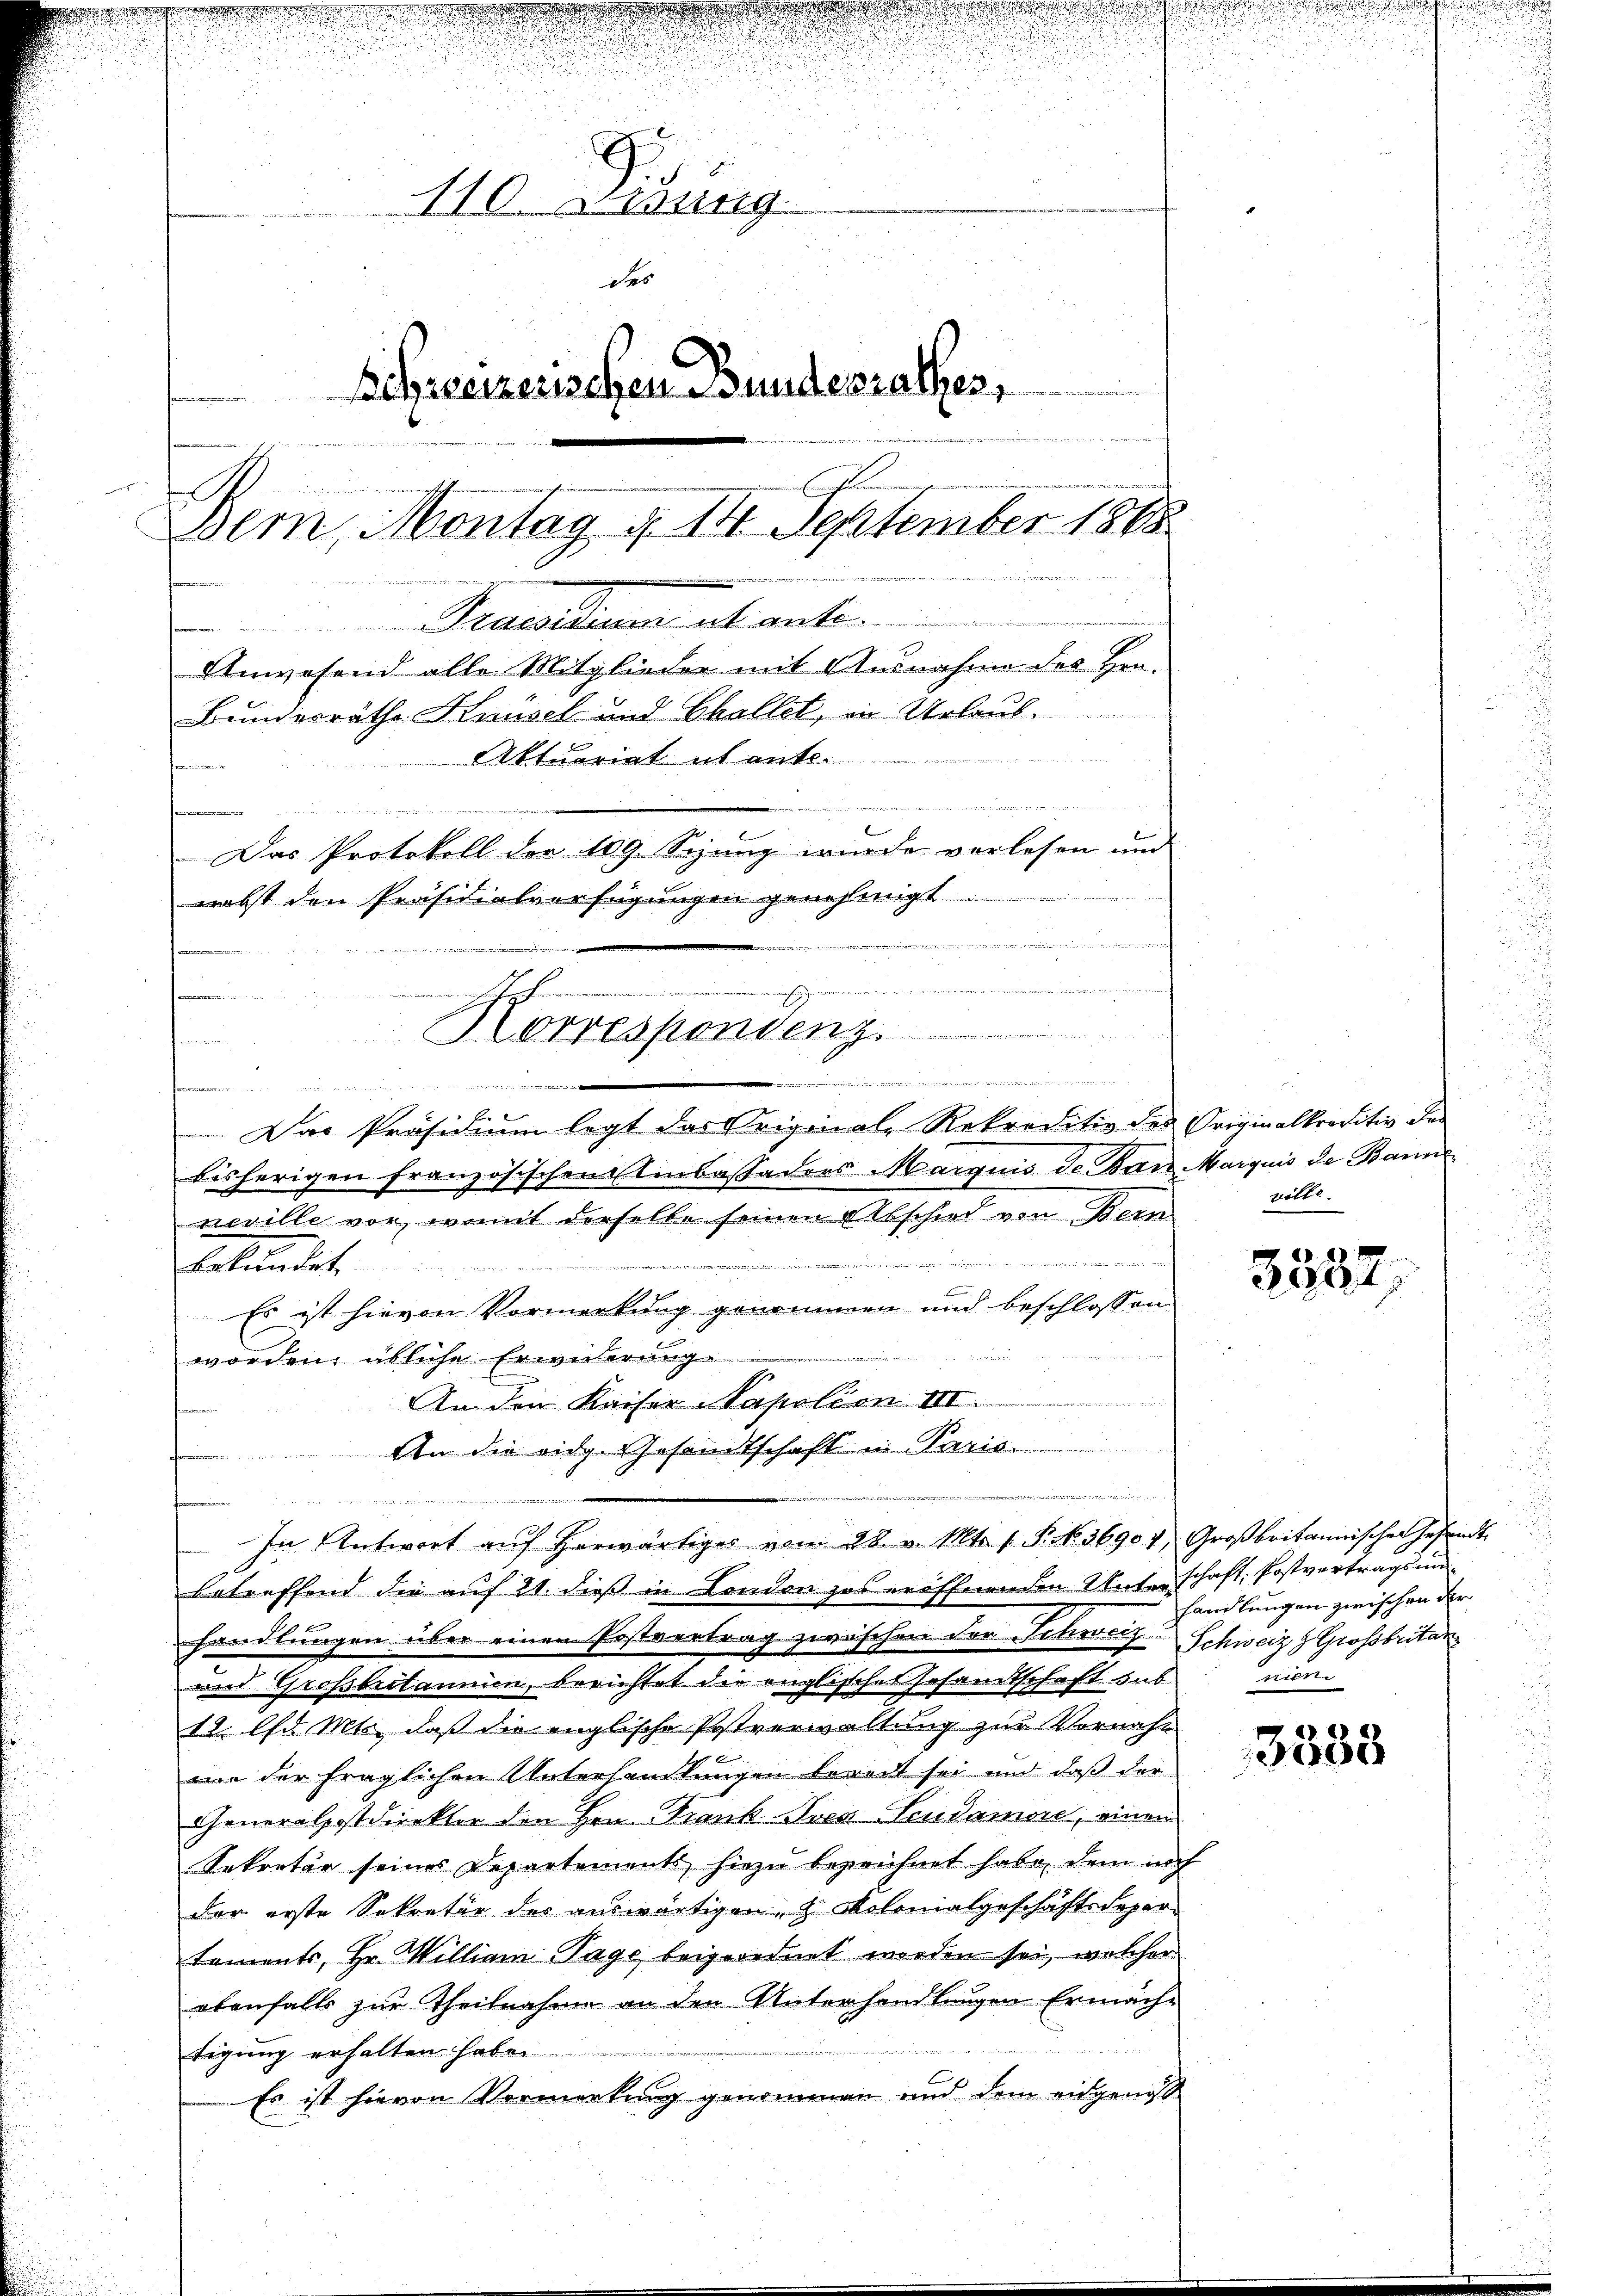
110. d. Bung
des
Schweizerischen Bundesrathes,
n
2
Bern, Montag d. 14. September 1848
Pronation actanten
Unwesend alle Mitglieder mit Ausnahme des Hrn.
Bundesräthe Knüsel und Challet, in Urlaub.
Aktuariat unte
f

.
e
Das Protokoll der 109. Sepung wurde verlesen und

nebst den Präsidialverfügungen genehmigt.
2
shohen
r
HHerrespondenz
een an den

eesen in einer

 Das Präsidium legt das Original-Rekreditiv des Originalkreditiv der
bisherigen französischen Einkassaders Margens de Bar Marquis de Baur
neville vor, womit derselbe seinen Abschied von Bern
innern
Bekundet
b
Es ist hievon Vormerkung genommen und beschlossen
u
worden, übliche Erwiderung
net werden
Amden Kaiser Napolion III
An die eidg. Gesandtschaft in Paris
4
In Antwort aŭf herwärtiges vom 28. v. Mts. s. S. N. 36904, Großbritannischen Gesandt
betreffend die auf 21. dieß in London das eröffnenden Unterschaft, Postvertrags und
handlungen über einen Postvertrag zwischen der Schweiz Schweiz & Großbritan¬
und Großbritannien, berichtet die englischer Gesamtschaft sub. nien
12. Ad Mts., daß die englische Postverwaltung zur Vornahm
mie der fraglichen Unterhandlungen bereit sei und daß der
Generalpostdirekter den Hrn. Frank- Iren Seudamore, einen
Sekretär seines Departements hiezu bezeichnet habe, dem noch
der erste Sekretär der auswärtigen, z. Kolonialgeschäftsdepartements, Hr. William Tage beigeordnet werden sei, welcher
ebenfalls zur Theilnahme an den Unterhandlungen Ermächtigung erhalten habe.
Es ist hievon Vormerkung genommen und dem eidgenoß

i

.

u

golte.

.

n

3537,

handlungen zwischen der

3333